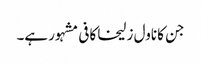
جن کا ناول زلیخا کافی مشہور ہے۔